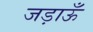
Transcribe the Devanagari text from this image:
जड़ाऊँ